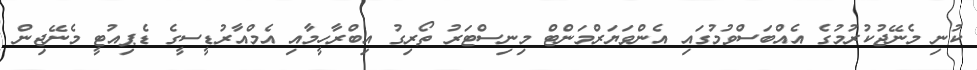
ކުނި މެނޭޖުކުރުމުގެ އެއްބަސްވުމުގައި އެންވަޔަރްމަންޓް މިނިސްޓަރު ތޯރިގު އިބްރާހީމާއި އެމްއާރުޑީސީގެ ޑެޕިއުޓީ މެނޭޖިން